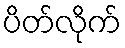
ပိတ်လိုက်